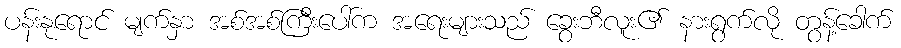
ပန်းနုရောင် မျက်နှာ အစ်အစ်ကြီးပေါ်က အရေးများသည် ခွေးဘီလူး၏ နားရွက်လို တွန့်ခေါက်